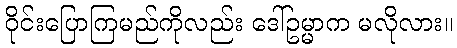
ဝိုင်းပြောကြမည်ကိုလည်း ဒေါ်ဥမ္မာက မလိုလား။